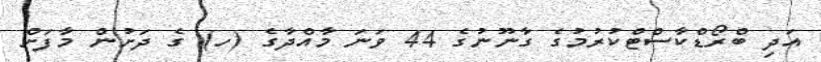
އަދި ބްރޯޑްކާސްޓްކުރުމުގެ ގާނޫނުގެ 44 ވަނަ މާއްދާގެ (ހ) ގެ ދަށުން މާފަށް